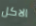
الاكل